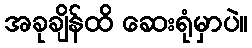
အခုချိန်ထိ ဆေးရုံမှာပဲ။